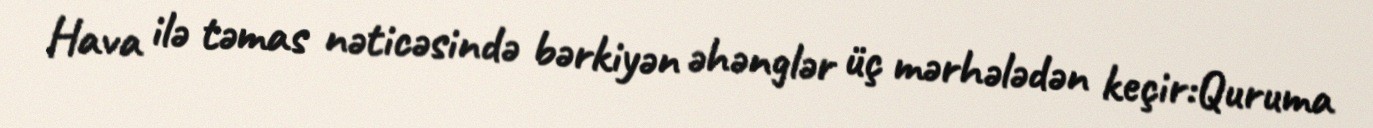
Hava ilə təmas nəticəsində bərkiyən əhənglər üç mərhələdən keçir:Quruma